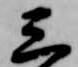
三